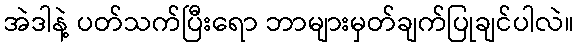
အဲဒါနဲ့ ပတ်သက်ပြီးရော ဘာများမှတ်ချက်ပြုချင်ပါလဲ။